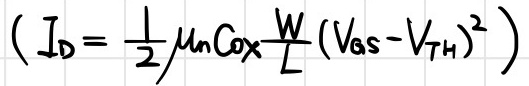
\[I_{D}=\frac{1}{2}\mu_{n}C_{ox}\frac{W}{L}(V_{GS}-V_{TH})^{2}\]